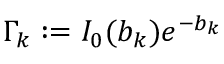
\Gamma _ { k } : = I _ { 0 } ( b _ { k } ) e ^ { - b _ { k } }